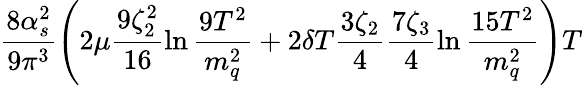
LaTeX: \frac{8\alpha_{s}^{2}}{9\pi^{3}}\left(2\mu\frac{9\zeta_{2}^{2}}{16}\ln\frac{9T^{2}}{m_{q}^{2}}+2\delta T\frac{3\zeta_{2}}{4}\frac{7\zeta_{3}}{4}\ln\frac{15T^{2}}{m_{q}^{2}}\right)T